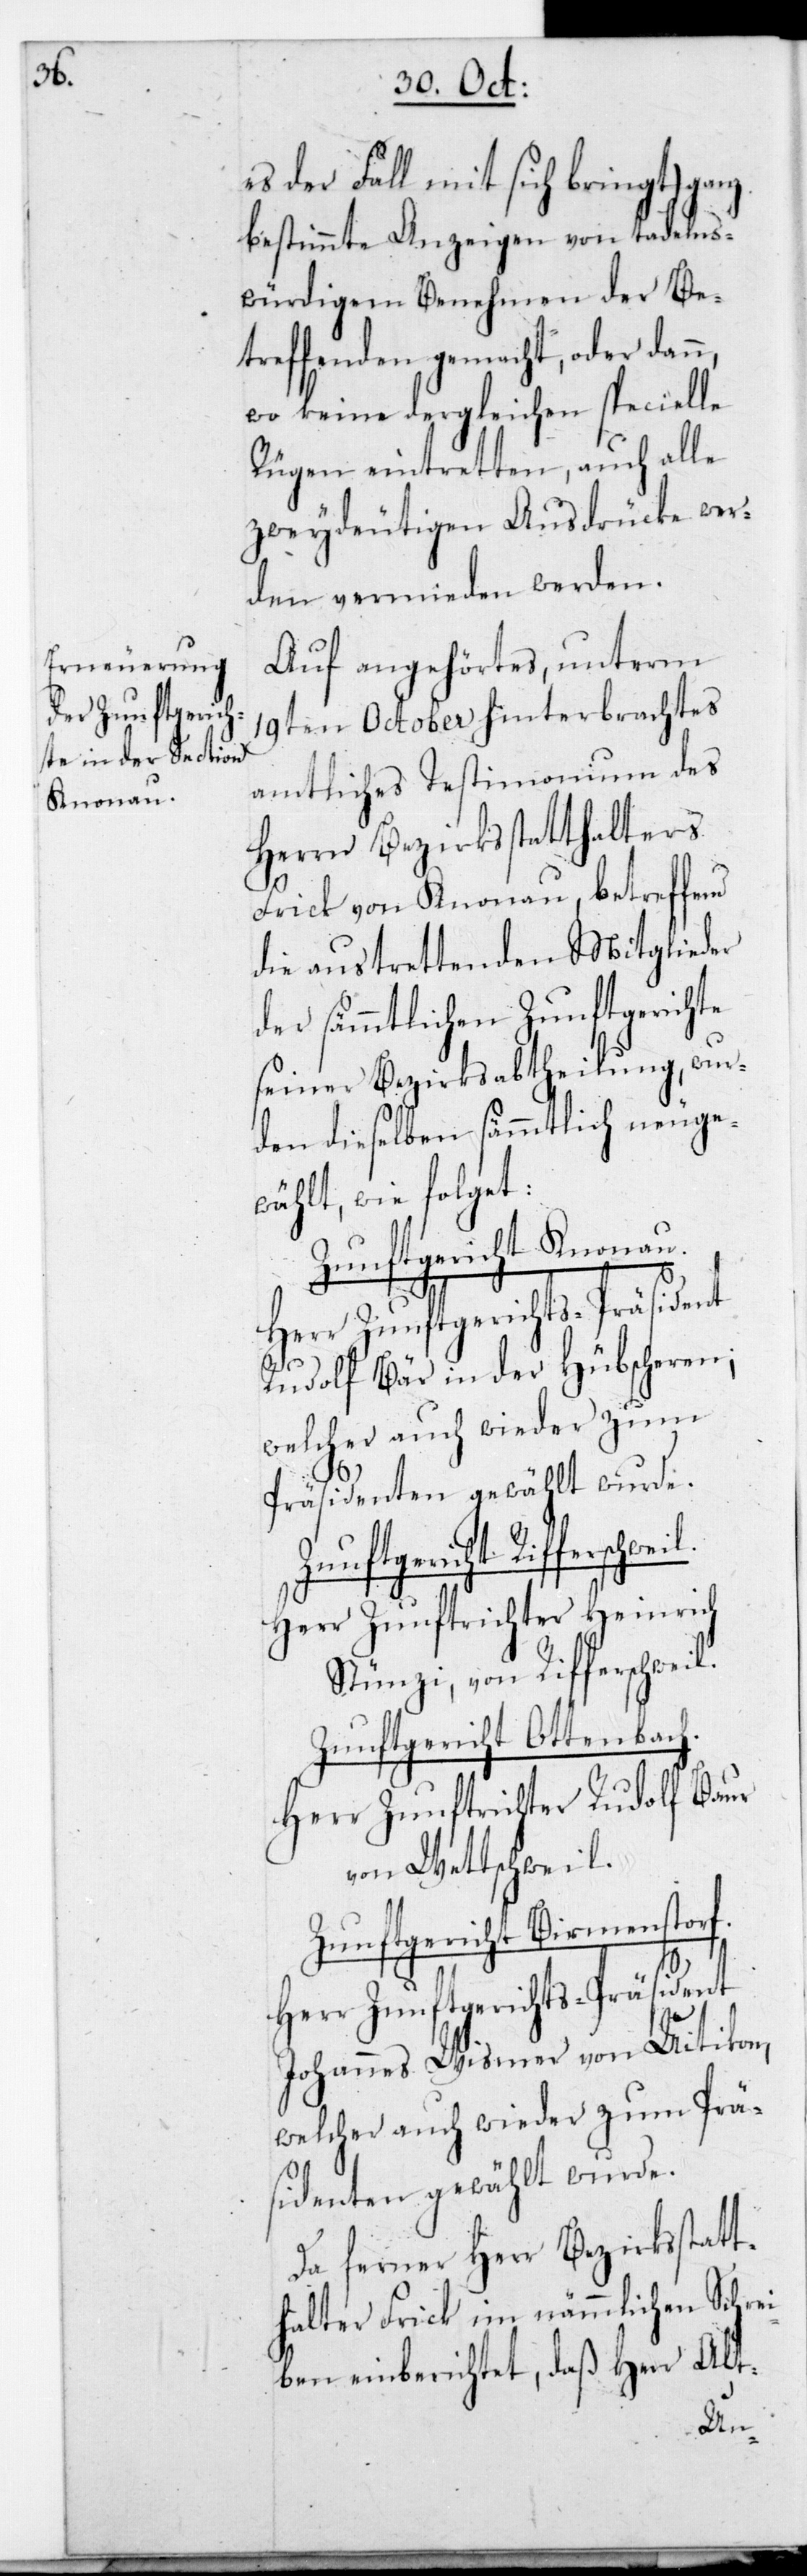
l.

es der Fall mit sich bringt) ganz
bestimmte Anzeigen von tadels¬
würdigem Benehmen der Be¬
treffenden gemacht, oder dann,
wo keine dergleichen specielle
Rügen eintretten, auch alle
zweydeutigen Ausdrücke wer¬
den vermieden werden.
Auf angehörtes, unterm
19ten October hinterbrachtes
amtliches Testimonium des
Herrn Bezirksstatthalters
Frick von Knonau, betreffend
die austrettenden Mitglieder
der sämmtlichen Zunftgerichte
seiner Bezirksabtheilung, wur¬
den dieselben sämmtlich neuge¬
wählt, wie folget:
Zunftgericht Knonau.
Herr Zunftgerichts-Präsident
Rudolf Bär in der Hübscheren;
welcher auch wieder zum
Präsidenten gewählt wurde.
Zunftgericht Rifferschwei¬
Herr Zunftrichter Heinrich
Stünzi von Rifferschwei¬
Zunftgericht Ottenbach.
Herr Zunftrichter Rudolf Baur
von Wettschweil.
Zunftgericht Birmenstorf.
Herr Zunftgerichts-Präsident
Johannes Wismer von Uitikon,
welcher auch wieder zum Prä¬
sidenten gewählt wurde.
Da ferner Herr Bezirksstat¬
thalter Frick im nämmlichen Schrei¬
ben einberichtet, daß Herr Alt-